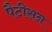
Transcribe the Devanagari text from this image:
पैटीसन